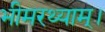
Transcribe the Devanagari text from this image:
भीमरथ्याम्।